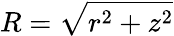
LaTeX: R=\sqrt{r^{2}+z^{2}}